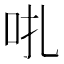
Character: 𠯩